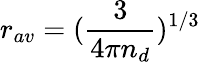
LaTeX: r_{av}=(\frac{3}{4\pi n_{d}})^{1/3}